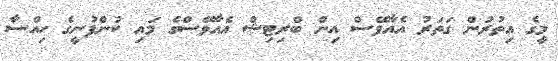
މީގެ އިތުރުން ގަތަރު އެއާވޭސް އިން ބްރިޓިޝް އެއާވޭސްގެ މައި ކުންފުނީގެ ހިއްސާ